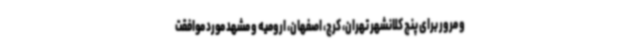
و مرور برای پنج کلانشهر تهران، کرج، اصفهان، ارومیه و مشهد مورد موافقت